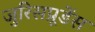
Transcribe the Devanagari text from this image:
जुरिसप्रूडेंस